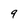
Character: 9